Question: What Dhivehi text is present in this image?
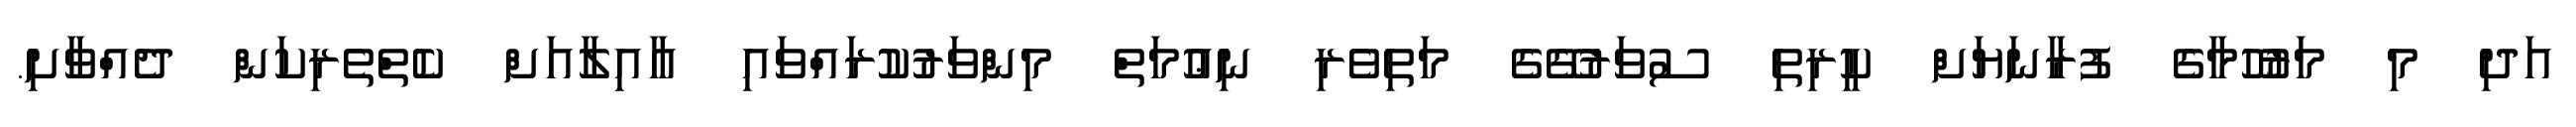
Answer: އަދި މި މަރުހޫމާގެ ފުރާނަޔަށް ކީރިތި ސުވަރުގޭގެ މަތިވެރި ނިޢުމަތް މިންވަރުކުރައްވައި އާއިލާއަށް ކެތްތެރިކަން ދެއްވާށި.